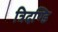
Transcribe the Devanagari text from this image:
त्रिदण्डि